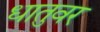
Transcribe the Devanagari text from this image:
धातुवर